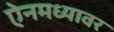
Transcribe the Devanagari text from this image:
ऐनमध्यावर